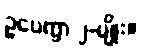
ဥပေက္ခာ ၂-မျိုး။